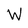
Character: W